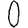
Digit: 0